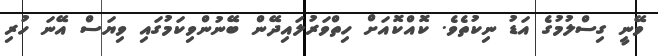
ވޭނީ ގިސްލުމުގެ އަޑު ނިކުތެވެ. ކޮއްކޮއަށް ހިތްވަރުލައިދޭން ބޭނުންވިކަމުގައި ވިޔަސް އޭނަ ހުރި